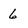
Character: 6